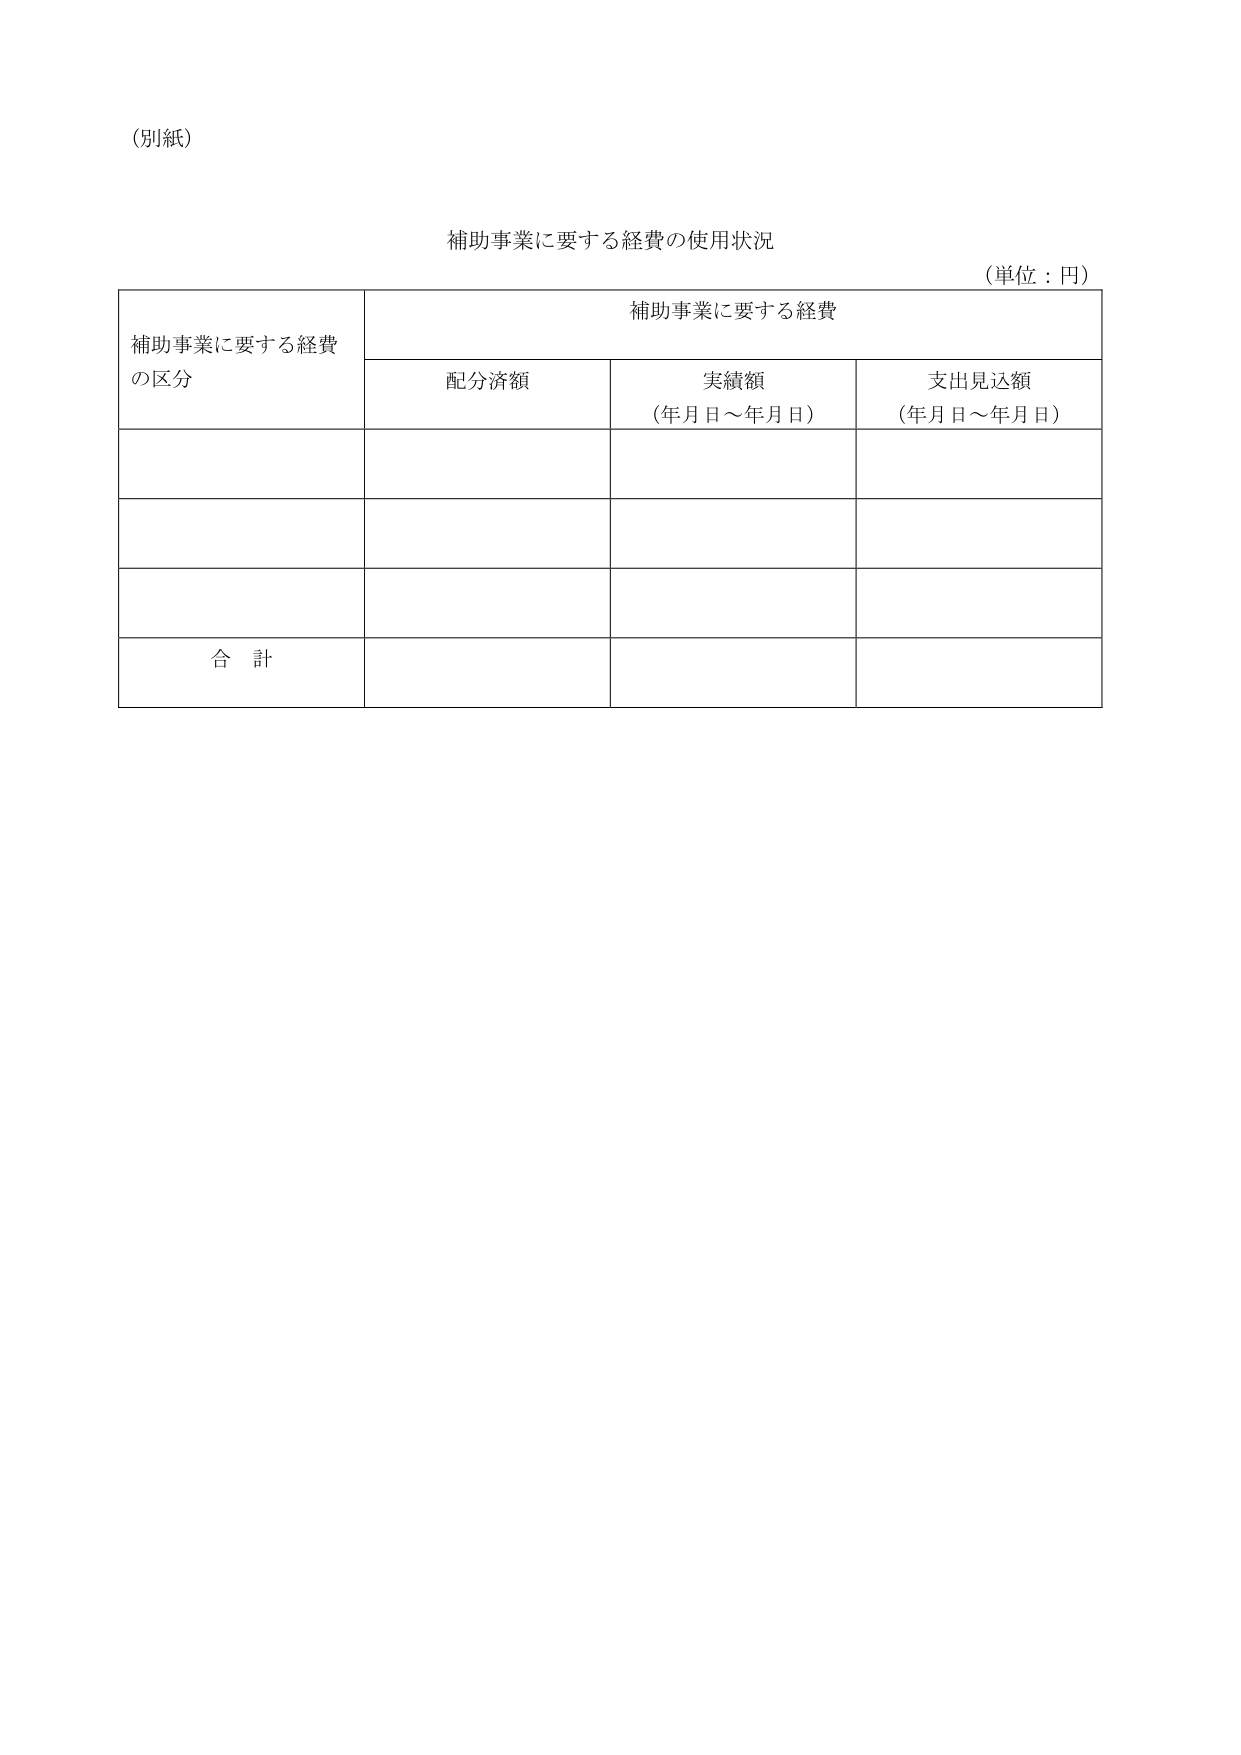
（別紙）

補助事業に要する経費の使用状況
（単位：円）

補助事業に要する経費
の区分

補助事業に要する経費

配分済額

実績額
（年月日～年月日）

支出見込額
（年月日～年月日）

合 計